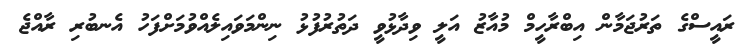
ރައީސްގެ ތަރުޖަމާން އިބްރާހީމް މުއާޒު އަލީ ވިދާޅުވީ ދަތުރުފުޅު ނިންމަވައިލެއްވުމަށްފަހު އެނބުރި ރާއްޖެ